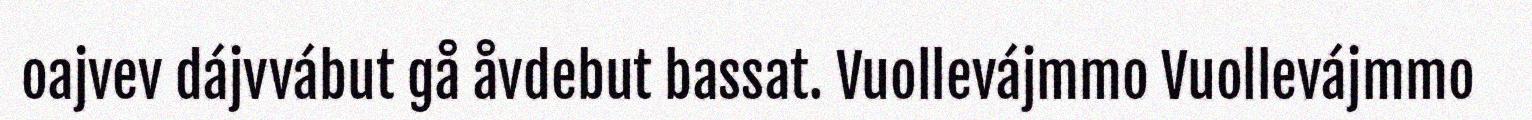
oajvev dájvvábut gå åvdebut bassat. Vuollevájmmo Vuollevájmmo